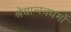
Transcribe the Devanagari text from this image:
श्रेयान्स्वधर्मो